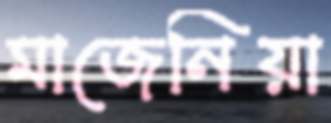
মাজেনিয়া